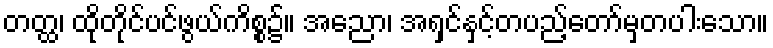
တတ္ထ၊ ထိုတိုင်ပင်ဖွယ်ကိစ္စ၌။ အညော၊ အရှင်နှင့်တပည့်တော်မှတပါးသော။